Medical and sanitary report on the native army of Bombay for the year
Year: 1878
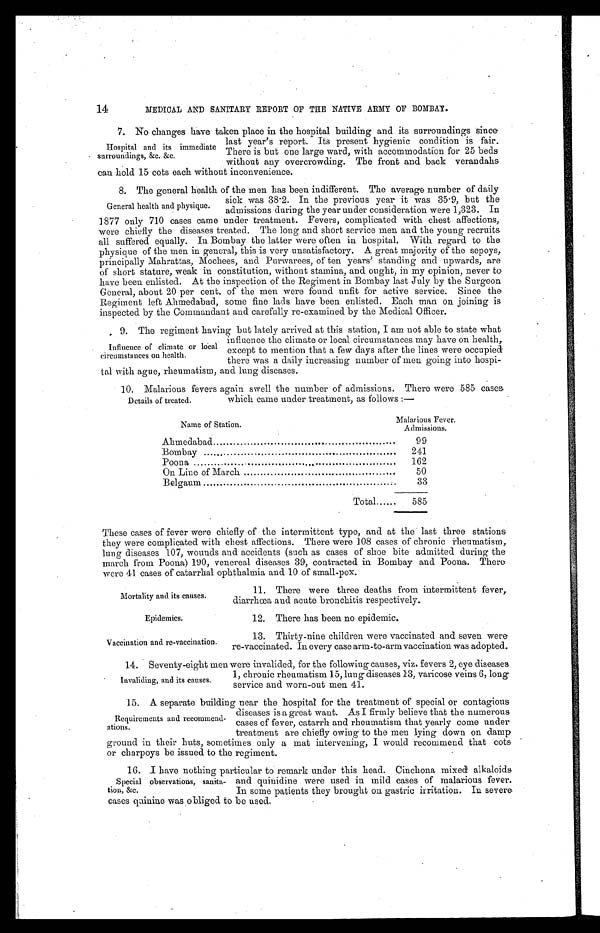
Mortality and its causes.
Epidemics.
Vaccination and re-vaccination.
14
MEDICAL AND SANITARY REPORT OF THE NATIVE ARMY OF BOMBAY.
7. No changes have taken place in the hospital building and its surroundings since
last year’s report. Its present hygienic condition is fair.
There is but one large ward, with accommodation for 25 beds
without any overcrowding. The front and back verandahs
can hold 15 cots each without inconvenience.
8. The general health of the men has been indifferent. The average number of daily
sick was 38.2. In the previous year it was 35.9, but the
admissions during the year under consideration were 1,323. In
1877 only 710 cases came under treatment. Fevers, complicated with chest affections,
were chiefly the diseases treated. The long and short service men and the young recruits
all suffered equally. In Bombay the latter were often in hospital. With regard to the
physique of the men in general, this is very unsatisfactory. A great majority of the sepoys,
principally Mahrattas, Mochees, and Purwarees, of ten years’ standing and upwards, are
of short stature, weak in constitution, without stamina, and ought, in my opinion, never to
have been enlisted. At the inspection of the Regiment in Bombay last July by the Surgeon
General, about 20 per cent. of the men were found unfit for active service. Since the
Regiment left Ahmedabad, some fine lads have been enlisted. Each man on joining is
inspected by the Commandant and carefully re-examined by the Medical Officer.
9. The regiment having but lately arrived at this station, I am not able to state what
Hospital and its immediate
surroundings, &c. &c.
General health and physique.
Influence of climate or local
circumstances on health.
influence the climate or local circumstances may have on health,
except to mention that a few days after the lines were occupied
there was a daily increasing number of men going into hospi-
tal with ague, rheumatism, and lung diseases.
10. Malarious fevers again swell the number of admissions. There were 585 c ases
Details of treated
which came under treatment, as follows :—
Name of Station.
Malarious Fever,
Admissions.
Ahmedabad
99
Bombay
241
Poona
162
On Line of March
50
Belgaum
33
Total
585
These cases of fever were chiefly of the intermittent type, and at the last three stations
they were complicated with chest affections. There were 108 cases of chronic rheumatism,
lung diseases 107, wounds and accidents (such as cases of shoe bite admitted during the
march from Poona) 190, venereal diseases 39, contracted in Bombay and Poona. There
were 41 cases of catarrhal ophthalmia and 10 of small-pox.
11. There were three deaths from intermittent fever,
diarrhœa and acute bronchitis respectively.
12. There has been no epidemic.
13. Thirty-nine children were vaccinated and seven were
re-vaccinated. In every case arm-to-arm vaccination was adopted.
14. Seventy-eight men were invalided, for the following causes, viz. fevers 2, eye diseases
1, chronic rheumatism 15, lung diseases 13, varicose veins 6, long
service and worn-out men 41.
15. A separate building near the hospital for the treatment of special or contagious
Invaliding, and its causes.
Requirements and recommend-
ations.
diseases is a great want. As I firmly believe that the numerous
cases of fever, catarrh and rheumatism that yearly come under
treatment are chiefly owing to the men lying down on damp
ground in their huts, sometimes only a mat intervening, I would recommend that cots
or charpoys be issued to the regiment.
16. I have nothing particular to remark under this head. Cinchona mixed alkaloids
and quinidine were used in mild cases of malarious lever.
In some patients they brought on gastric irritation. In severe
cases quinine was obliged to be used.
Special observations, sanita-
tion, &c.